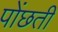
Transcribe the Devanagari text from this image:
पोंछती